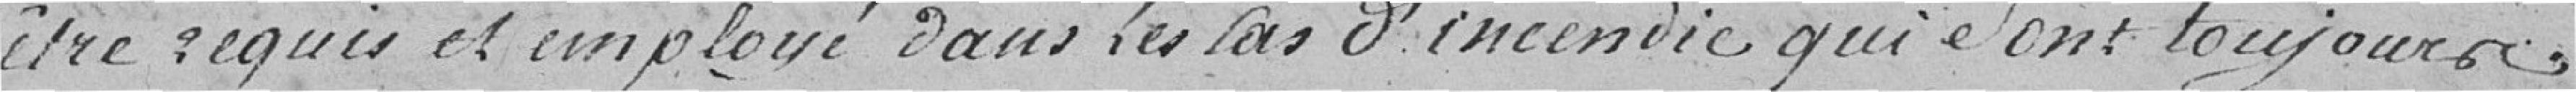
être requis et employé dans les cas d'incendie qui sont toujours